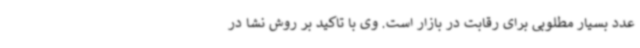
عدد بسیار مطلوبی برای رقابت در بازار است. وی با تاکید بر روش نشا در